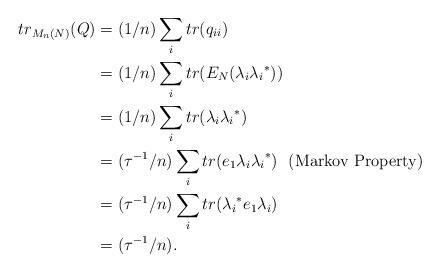
LaTeX: \begin{align*}tr_{M_n(N)}(Q) & =(1/n)\sum_i tr( q_{ii})\\ & = (1/n)\sum_i tr(E_N(\lambda_i{\lambda_i}^*))\\ &= (1/n)\sum_i tr(\lambda_i{\lambda_i}^*)\\ & = ({\tau}^{-1}/n ) \sum_i tr(e_1 \lambda_i{\lambda_i}^*) ~~\textrm{(Markov Property)} \\ & = ({\tau}^{-1}/n)\sum_i tr({\lambda_i}^*e_1 \lambda_i)\\ & = ({\tau}^{-1}/n).\end{align*}